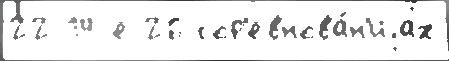
22 14-е 26 сор'евнова́н'иjах